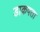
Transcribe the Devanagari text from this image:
डाकपता